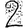
Digit: 2